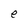
Character: e